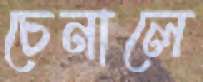
চেনালে